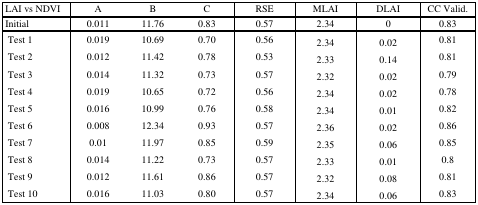
<table><thead><tr><td><b>LAI vs NDVI</b></td><td><b>A</b></td><td><b>B</b></td><td><b>C</b></td><td><b>RSE</b></td><td><b>MLAI</b></td><td><b>DLAI</b></td><td><b>CC Valid.</b></td></tr><tr><td><b>Initial</b></td><td><b>0.011</b></td><td><b>11.76</b></td><td><b>0.83</b></td><td><b>0.57</b></td><td><b>2.34</b></td><td><b>0</b></td><td><b>0.83</b></td></tr></thead><tbody><tr><td>Test 1</td><td>0.019</td><td>10.69</td><td>0.70</td><td>0.56</td><td>2.34</td><td>0.02</td><td>0.81</td></tr><tr><td>Test 2</td><td>0.012</td><td>11.42</td><td>0.78</td><td>0.53</td><td>2.33</td><td>0.14</td><td>0.81</td></tr><tr><td>Test 3</td><td>0.014</td><td>11.32</td><td>0.73</td><td>0.57</td><td>2.32</td><td>0.02</td><td>0.79</td></tr><tr><td>Test 4</td><td>0.019</td><td>10.65</td><td>0.72</td><td>0.56</td><td>2.34</td><td>0.02</td><td>0.78</td></tr><tr><td>Test 5</td><td>0.016</td><td>10.99</td><td>0.76</td><td>0.58</td><td>2.34</td><td>0.01</td><td>0.82</td></tr><tr><td>Test 6</td><td>0.008</td><td>12.34</td><td>0.93</td><td>0.57</td><td>2.36</td><td>0.02</td><td>0.86</td></tr><tr><td>Test 7</td><td>0.01</td><td>11.97</td><td>0.85</td><td>0.59</td><td>2.35</td><td>0.06</td><td>0.85</td></tr><tr><td>Test 8</td><td>0.014</td><td>11.22</td><td>0.73</td><td>0.57</td><td>2.33</td><td>0.01</td><td>0.8</td></tr><tr><td>Test 9</td><td>0.012</td><td>11.61</td><td>0.86</td><td>0.57</td><td>2.32</td><td>0.08</td><td>0.81</td></tr><tr><td>Test 10</td><td>0.016</td><td>11.03</td><td>0.80</td><td>0.57</td><td>2.34</td><td>0.06</td><td>0.83</td></tr></tbody></table>